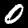
Digit: 0